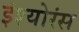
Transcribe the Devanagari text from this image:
इंश्योरंस